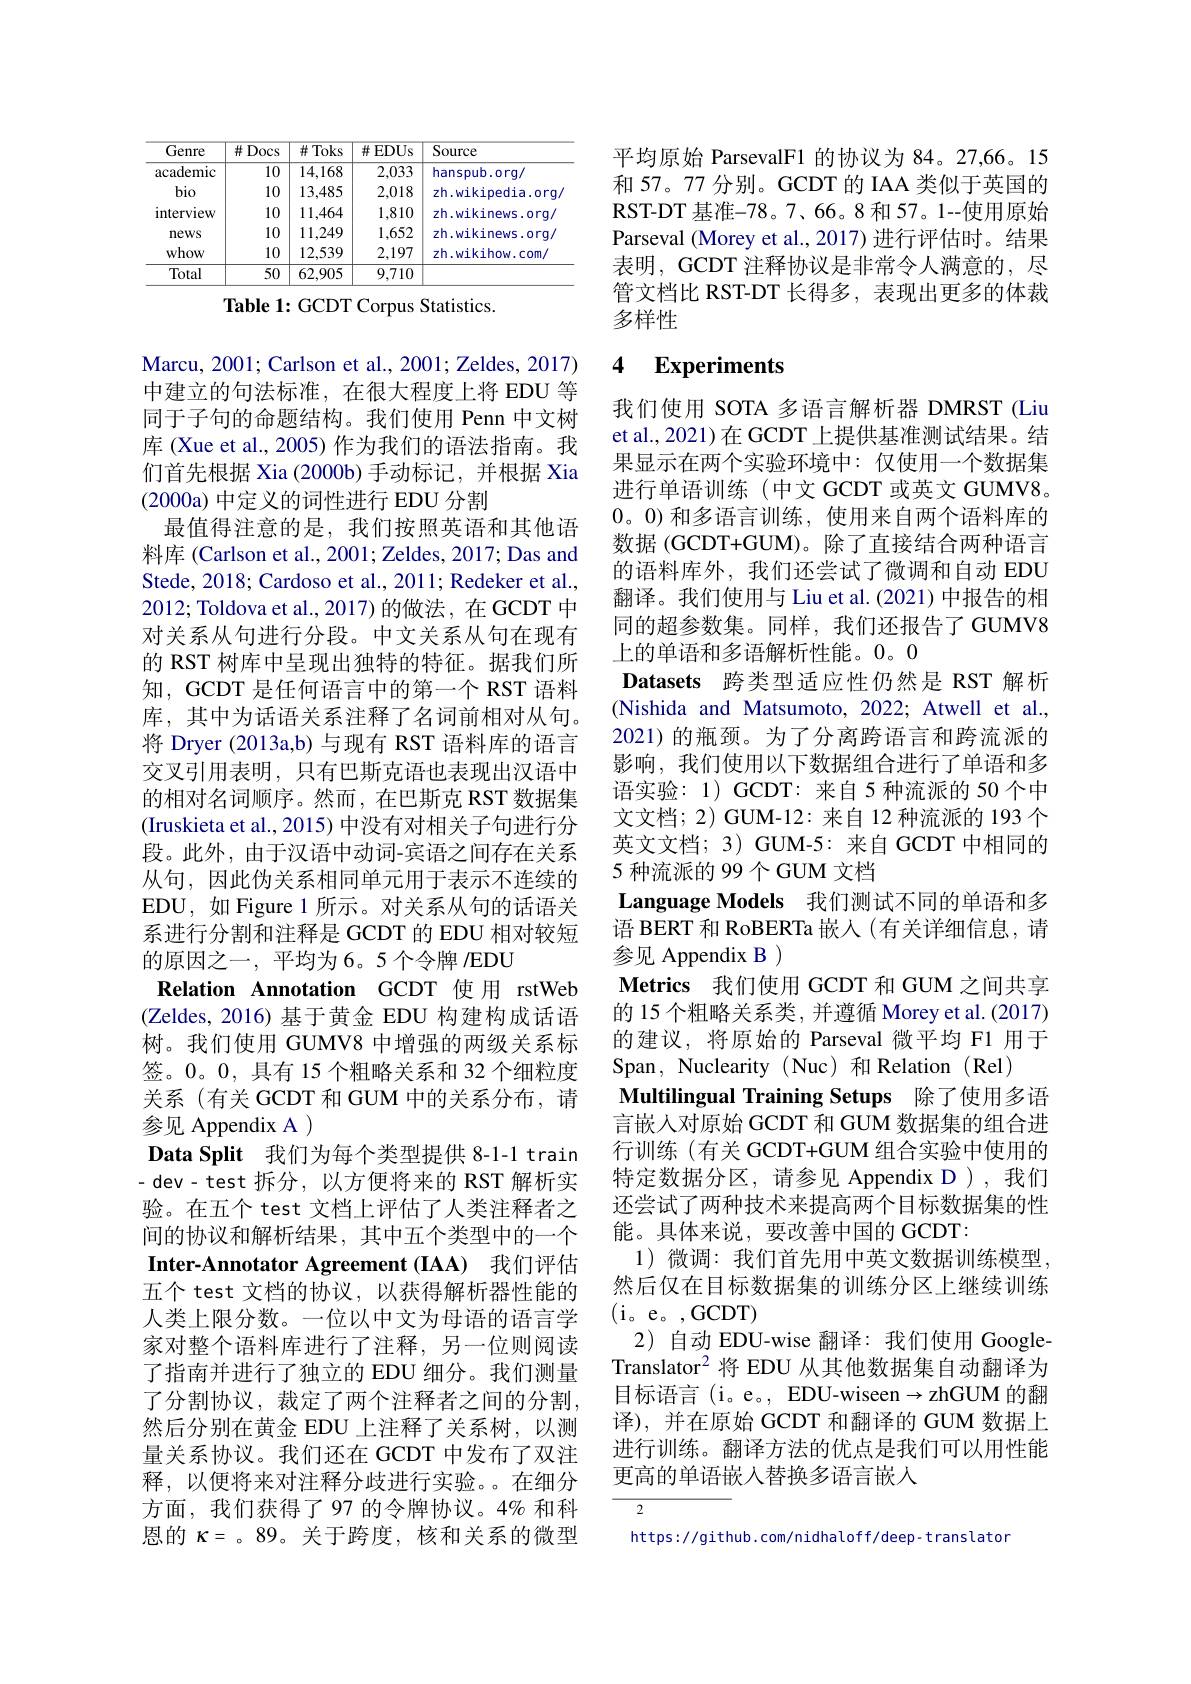
<table>
	<tbody>
		<tr>
			<th>Genre</th>
			<th>井 Docs</th>
			<th>并 Toks</th>
			<th>并 EDUs</th>
			<th>Source</th>
		</tr>
		<tr>
			<td>academic</td>
			<td>10</td>
			<td>14,168</td>
			<td>2,033</td>
			<td>hanspub.orq/</td>
		</tr>
		<tr>
			<td>bio</td>
			<td>10</td>
			<td>13,485</td>
			<td>2,018</td>
			<td>zh.wikipedia.org/</td>
		</tr>
		<tr>
			<td>interview</td>
			<td>10</td>
			<td>11,464</td>
			<td>1,810</td>
			<td>zh.wikinews.org/</td>
		</tr>
		<tr>
			<td>news</td>
			<td>10</td>
			<td>11,249</td>
			<td>1,652</td>
			<td>zh.wikinews.org/</td>
		</tr>
		<tr>
			<td>whow</td>
			<td>10</td>
			<td>12,539</td>
			<td>2,197</td>
			<td>zh.wikihow.com/</td>
		</tr>
		<tr>
			<td>Total</td>
			<td>50</td>
			<td>62,905</td>
			<td>9,710</td>
			<td> </td>
		</tr>
	</tbody>
</table>

Table 1: GCDT Corpus Statistics.

Marcu, 2001; Carlson et al., 2001; Zeldes, 2017) 中建立的句法标准，在很大程度上将 EDU 等同于子句的命题结构。我们使用 Penn 中文树库 (Xue et al., 2005) 作为我们的语法指南。我们首先根据 Xia (2000b)手动标记，并根据 Xia (2000a) 中定义的词性进行 EDU 分割
最值得注意的是，我们按照英语和其他语料库 (Carlson et al., 2001; Zeldes, 2017; Das and Stede, 2018; Cardoso et al., 2011; Redeker et al., 2012; Toldova et al., 2017)的做法，在 GCDT 中对关系从句进行分段。中文关系从句在现有的 RST 树库中呈现出独特的特征。据我们所知，GCDT 是任何语言中的第一个 RST 语料库，其中为话语关系注释了名词前相对从句。将 Dryer (2013a,b) 与现有 RST 语料库的语言交叉引用表明，只有巴斯克语也表现出汉语中的相对名词顺序。然而，在巴斯克 RST 数据集(Iruskieta et al., 2015) 中没有对相关子句进行分段。此外，由于汉语中动词-宾语之间存在关系从句，因此伪关系相同单元用于表示不连续的EDU,如 Figure 1 所示。对关系从句的话语关系进行分割和注释是 GCDT 的 EDU 相对较短的原因之一，平均为6。5个令牌 /EDU
Relation Annotation GCDT 使用 rstWeb (Zeldes, 2016) 基于黄金 EDU 构建构成话语树。我们使用 GUMV8 中增强的两级关系标签。0。0, 具有 15 个粗略关系和 32 个细粒度关系(有关 GCDT 和 GUM 中的关系分布，请参见 Appendix A )
Data Split 我们为每个类型提供 8-1-1 train - dev- test 拆分，以方便将来的 RST 解析实验。在五个 test 文档上评估了人类注释者之间的协议和解析结果，其中五个类型中的一个Inter-Annotator Agreement (IAA) 我们评估五个 test 文档的协议，以获得解析器性能的人类上限分数。一位以中文为母语的语言学家对整个语料库进行了注释，另一位则阅读了指南并进行了独立的 EDU 细分。我们测量了分割协议，裁定了两个注释者之间的分割， 然后分别在黄金 EDU 上注释了关系树，以测量关系协议。我们还在 GCDT 中发布了双注释，以便将来对注释分歧进行实验。在细分方面，我们获得了97 的令牌协议。4% 和科恩的$\kappa=$。89。关于跨度，核和关系的微型

平均原始 ParsevalF1 的协议为 84。27,66。15和 57。77 分别。GCDT 的 IAA 类似于英国的RST-DT 基准-78。7、66。8 和 57。1--使用原始Parseval (Morey et al., 2017) 进行评估时。结果表明，GCDT 注释协议是非常令人满意的，尽管文档比 RST-DT 长得多，表现出更多的体裁多样性

## 4 $\textbf{Experiments}$

我们使用 SOTA 多语言解析器 DMRST (Liu et al.,2021)在 GCDT 上提供基准测试结果。结果显示在两个实验环境中：仅使用一个数据集进行单语训练(中文 GCDT 或英文 GUMV8。0。0)和多语言训练，使用来自两个语料库的数据(GCDT+GUM)。除了直接结合两种语言的语料库外，我们还尝试了微调和自动 EDU 翻译。我们使用与 Liu et al.(2021) 中报告的相同的超参数集。同样，我们还报告了 GUMV8上的单语和多语解析性能。0。0
Datasets 跨类型适应性仍然是 RST 解析(Nishida and Matsumoto, 2022; Atwell et al., 2021) 的瓶颈。为了分离跨语言和跨流派的影响，我们使用以下数据组合进行了单语和多语实验：1) GCDT: 来自 5 种流派的 50 个中文文档；2) GUM-12: 来自 12 种流派的 193 个英文文档；3) GUM-5: 来自 GCDT 中相同的5 种流派的 99个 GUM 文档
Language Models 我们测试不同的单语和多语 BERT 和 RoBERTa 嵌人(有关详细信息，请参见 Appendix B )
Metrics 我们使用 GCDT 和 GUM 之间共享的 15 个粗略关系类，并遵循 Morey et al. (2017) 的建议，将原始的 Parseval 微平均 F1 用于Span, Nuclearity (Nuc) 和 Relation (Rel)
Multilingual Training Setups 除了使用多语言嵌人对原始 GCDT 和 GUM 数据集的组合进行训练(有关 GCDT+GUM 组合实验中使用的特定数据分区，请参见 Appendix D ), 我们还尝试了两种技术来提高两个目标数据集的性能。具体来说，要改善中国的 GCDT:
1)微调：我们首先用中英文数据训练模型， 然后仅在目标数据集的训练分区上继续训练(i。e。,GCDT)
2) 自动 EDU-wise 翻译：我们使用 GoogleTranslator$^2$将 EDU 从其他数据集自动翻译为目标语言 (i。e。, EDU-wiseen$\to$zhGUM 的翻译),并在原始 GCDT 和翻译的 GUM 数据上进行训练。翻译方法的优点是我们可以用性能更高的单语嵌人替换多语言嵌入

2

https://github.com/nidhaloff/deep-translator